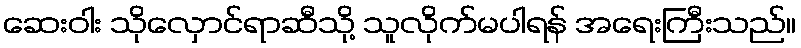
ဆေးဝါး သိုလှောင်ရာဆီသို့ သူလိုက်မပါရန် အရေးကြီးသည်။